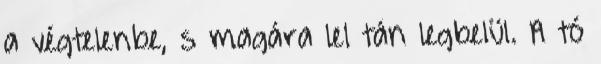
a végtelenbe, s magára lel tán legbelül. A tó